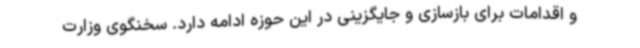
و اقدامات برای بازسازی و جایگزینی در این حوزه ادامه دارد. سخنگوی وزارت